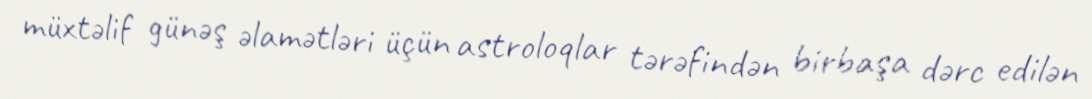
müxtəlif günəş əlamətləri üçün astroloqlar tərəfindən birbaşa dərc edilən